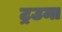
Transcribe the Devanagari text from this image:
ट्रउमा